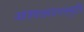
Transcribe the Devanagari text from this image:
आश्वलायनस्मृति